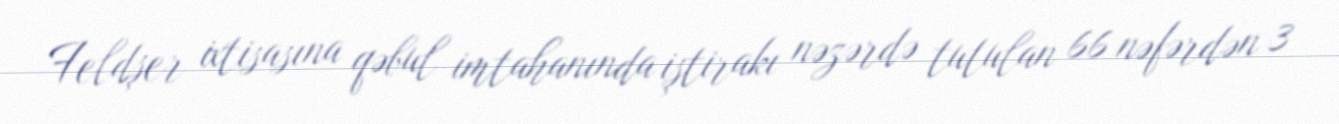
Feldşer ixtisasına qəbul imtahanında iştirakı nəzərdə tutulan 66 nəfərdən 3